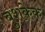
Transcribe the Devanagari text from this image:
बुशकेक